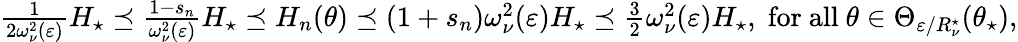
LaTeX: \begin{array}{r}{\frac 1{2\omega_{\nu}^{2}(\varepsilon)}H_{\star}\preceq\frac{1-s_{n}}{\omega_{\nu}^{2}(\varepsilon)}H_{\star}\preceq H_{n}(\theta)\preceq(1+s_{n})\omega_{\nu}^{2}(\varepsilon)H_{\star}\preceq\frac 32\omega_{\nu}^{2}(\varepsilon)H_{\star},\; \mathrm{for~all~}\theta\in\Theta_{\varepsilon/R_{\nu}^{\star}}(\theta_{\star}),}\end{array}